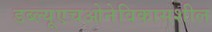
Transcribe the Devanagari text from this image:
डब्‍ल्‍यूएचओनेविकासशील